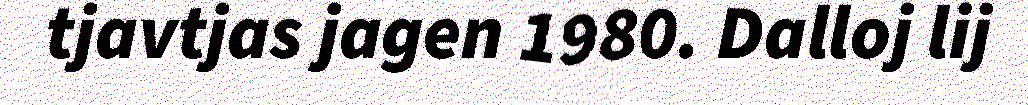
tjavtjas jagen 1980. Dalloj lij